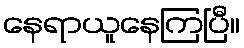
နေရာယူနေကြပြီ။